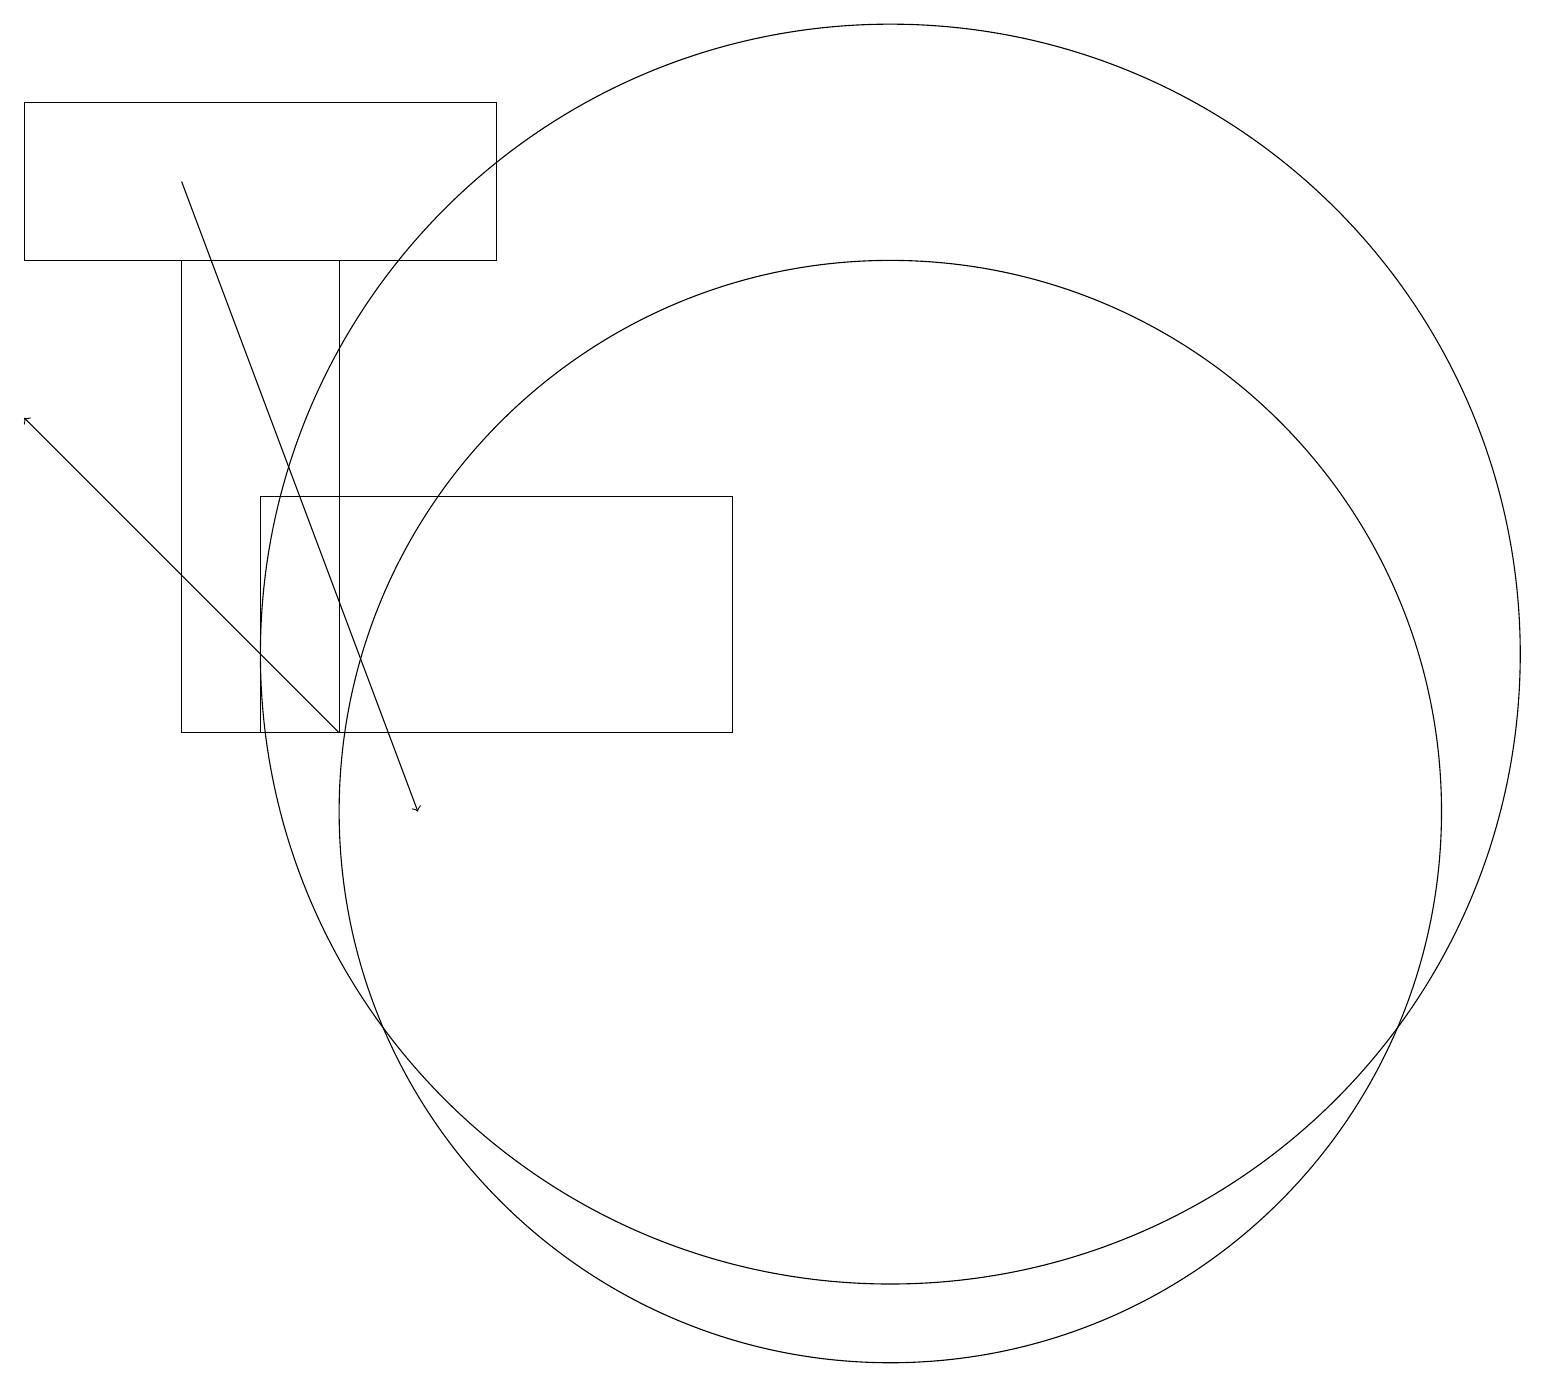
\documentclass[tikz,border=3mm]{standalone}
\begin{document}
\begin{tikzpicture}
\draw (11,11) circle (0);
\draw (11,10) circle (7);
\draw (9,14) rectangle (3,11);
\draw[->] (4,11) -- (0,15);
\draw (0,17) rectangle (6,19);
\draw[->] (2,18) -- (5,10);
\draw (4,17) rectangle (2,11);
\draw (11,12) circle (8);
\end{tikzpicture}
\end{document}